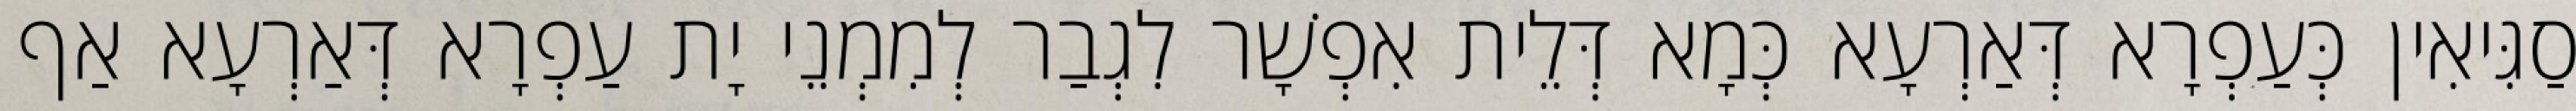
סַגִּיאִין כְּעַפְרָא דְּאַרְעָא כְּמָא דְּלֵית אִפְשָׁר לִגְבַר לְמִמְנֵי יָת עַפְרָא דְּאַרְעָא אַף